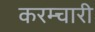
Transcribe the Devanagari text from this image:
करम्चारी